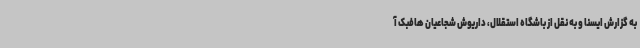
به گزارش ایسنا و به نقل از باشگاه استقلال، داریوش شجاعیان هافبک آ